Vaccination North-Western Provinces 1866-1877 - 1866-1877
Year: 1866
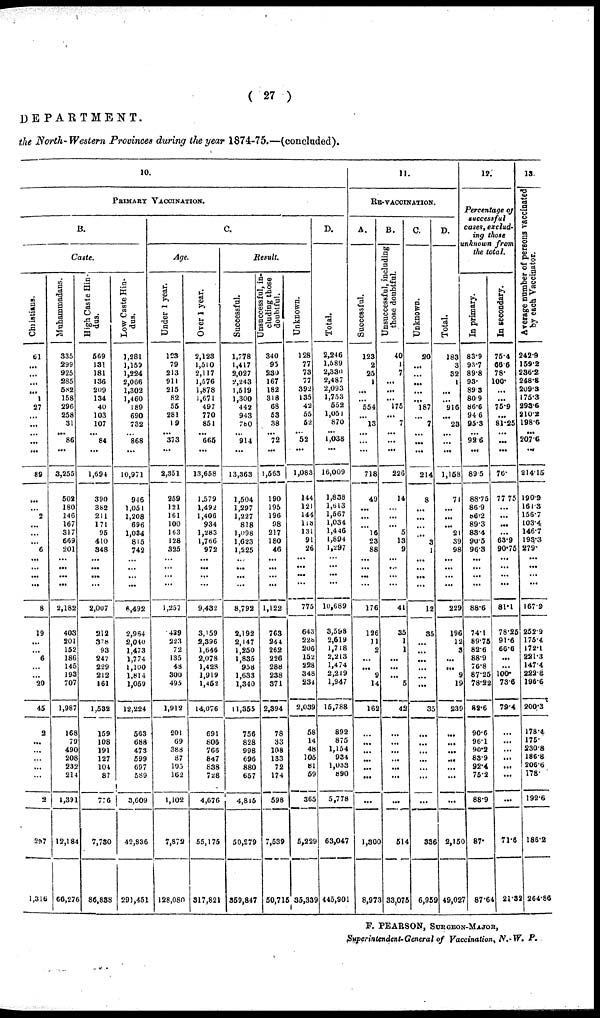
( 27 )
DEPARTMENT.
the North-Western Provinces during the year 1874-75.—(concluded).
10.
PRIMARY VACCINATION.
B.
Caste.
Christians.
61
...
...
...
...
1
27
...
...
...
...
...
89
...
...
2
...
...
...
6
...
...
...
...
8
19
...
...
6
...
...
20
45
2
...
...
...
...
...
2
297
1,316
Muhammadans.
335
299
925
285
682
158
296
258
31
...
86
...
3,255
502
180
146
167
317
669
201
...
...
...
...
2,182
403
201
152
186
145
193
707
1,987
168
79
490
208
232
214
1,391
12,184
66,276
High Caste Hin-
dus.
569
131
181
136
209
134
40
103
107
...
84
...
1,694
390
382
211
171
95
410
348
...
...
...
...
2,007
212
378
93
247
229
212
161
1,532
159
108
191
127
104
87
776
7,730
86,888
Low Caste Hin-
dus.
1,281
1,159
1,224
2,066
1,302
1,460
189
690
732
... 868
...
10,971
946
1,051
1,208
696
1,034
815
742
...
...
...
...
6,492
2,964
2,040
1,473
1,774
1,100
1,814
1,059
12,224
563
688
473
599
697
589
3,609
42,836
291,451
C.
Age.
Under 1 year.
123
79
213
911
215
82
55
281
19
... 373
...
2,351
259
121
161
100
163
128
325
...
...
...
...
1,257
439
223
72
135
48
300
495
1,912
201
69
388
87
195
162
1,102
7,872
128,080
Over 1 year.
2,123
1,510
2,117
1,576
1,878
1,671
497
770
851
... 665
...
13,658
1,579
1,492
1,406
934
1,283
1,766
972
...
...
...
...
9,432
3,159
2,396
1,646
2,078
1,428
1,919
1,452
14,076
691
806
766
847
838
728
4,676
55,175
317,821
Result.
Successful.
1,778
1,417
2,027
2,243
1,519
1,300
442
943
780
... 914
...
13,363
1,504
1,297
1,227
818
1,098
1,623
1,225
...
...
...
...
8,792
2,192
2,147
1,250
1,835
958
1,633
1,340
11,355
756
828
998
696
880
657
4,815
50,279
359,847
Unsuccessful, in-
cluding those
doubtful.
340
95
230
167
182
318
68
53
38
... 72
...
1,563
190
195
196
98
217
180
46
...
...
...
...
1,122
763
244
262
226
288
238
371
2,394
78
33
108
133
72
174
598
7,539
50,715
Unknown
128
77
73
77
392
135
42
55
52
... 52
...
1,083
144
121
144
118
131
91
26
...
...
...
...
775
643
228
206
152
228
348
234
2,039
58
14
48
105
81
59
365
5,229
35,339
D.
Total.
2,246
1,589
2,330
2,487
2,093
1,753
552
1,051
870
...
1,038
...
16,009
1,838
1,613
1,567
1,034
1,446
1,894
1,297
...
...
...
...
10,689
3,598
2,619
1,718
2,213
1,474
2,219
1,947
15,788
892
875
1,154
934
1,033
890
5,778
63,047
445,901
11.
RE-VACCINATION.
A.
Successful.
123
2
25
1
...
...
554
...
13
...
...
...
718
49
...
...
...
16
23
88
...
...
...
...
176
136
11
2
...
...
9
14
162
...
...
...
...
...
...
...
1,300
8,973
B.
Unsuccessful, including
those doubtful.
40
1
7
...
...
...
175
...
7
...
...
226
14
...
...
...
5
13
9
...
...
...
...
41
35
1
1
...
...
...
5
42
...
...
...
...
...
...
514
33,075
C.
Unknown.
20
...
...
...
...
...
187
...
7
...
...
...
214
8
...
...
...
...
3
1
...
...
...
...
12
35
...
...
...
...
...
...
35
...
...
...
...
...
...
...
336
6,959
D.
Total.
183
3
32
1
...
...
916
...
23
...
...
1,158
71
...
...
...
21
39
98
...
...
...
...
229
196
12
3
...
...
9
19
239
...
...
...
...
...
...
...
2,150
49,027
12.
Percentage of
successful
cases, exclud-
ing those
unknown from
the total.
In primary.
83.9
93.7
89.8
93.
89.3
80.9
86.6
94.6
95.3
...
92.6
...
89.5
88.75
86.9
86.2
89.3
83.4
90.5
96.3
...
...
...
...
88.6
74.1
89.75
82.6
88.9
76.8
87.25
78.22
82.6
90.6
96.1
90.2
83.9
92.4
76.2
88.9
87.
87.64
In secondary.
75.4
66.6
78.
100.
...
...
75.9
...
81.25
...
...
...
76.
77.75
...
...
...
...
63.9
90.76
...
...
...
...
81.1
78.25
91.6
66.6
...
...
100.
73.6
79.4
...
...
...
...
...
...
71.6
21.32
13.
Average number of persons vaccinated
by each Vaccinator.
242.9
159.2
236.2
248.8
209.3
175.3
293.6
210.2
198.5
...
207.6
...
214.15
190.-9
161. 3
156.7
103.4
146.7
193.3
279.
...
...
...
...
167.9
252.9
175.4
172.1
221.3
147.4
222.8
196.6
200.3
178.4
175.
230.8
186.8
206.6
178.
192.6
186.2
264.86
F. PEARSON, SURGEON-MAJOR,
Superintendent-General
of Vaccination, N.-W. P.